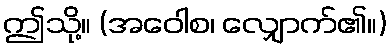
ဤသို့။ (အဝေါစ၊ လျှောက်၏။)